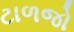
ટાળજો